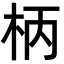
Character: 柄